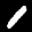
Label: 1